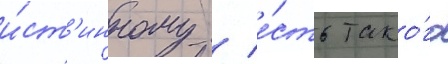
и́ст'инному / е́сть тако́го